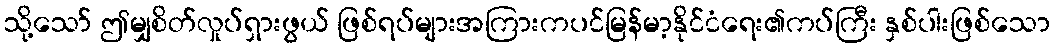
သို့သော် ဤမျှစိတ်လှုပ်ရှားဖွယ် ဖြစ်ရပ်များအကြားကပင်မြန်မာ့နိုင်ငံရေး၏ကပ်ကြီး နှစ်ပါးဖြစ်သော